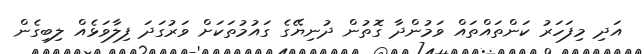
އަދި މިފަހަރު ކަންތައްތައް ވަމުންދާ ގޮތުން ދުނިޔޭގެ ގައުމުތަކަށް ވަރުގަދަ ފިލާވަޅެއް ލިބިގެން